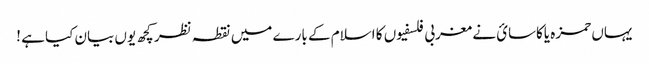
یہاں حمزه یاکاسائ نے مغربی فلسفیوں کا اسلام کے بارے میں نقطہ نظر کچھ یوں بیان کیا ہے !